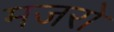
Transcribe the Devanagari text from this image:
मजरो